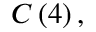
C \left( 4 \right) ,